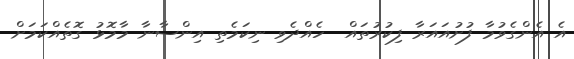
އެ އެންގެވުމާ ފުށުއައަރާ ފިކުރުތައް  ހެއްދެވި ނިކަމެތި އިންސާނާ މާމޮޅު ގޮތެއްކަމަށް